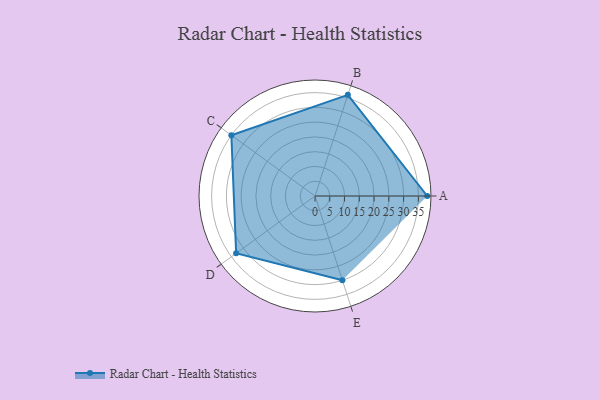
{"axis": {"x": "Skill", "y": "Score"}, "legend": ["Profile"], "data": [{"x": "A", "y": 38.0, "type": "Profile"}, {"x": "B", "y": 36.0, "type": "Profile"}, {"x": "C", "y": 35.0, "type": "Profile"}, {"x": "D", "y": 33.0, "type": "Profile"}, {"x": "E", "y": 30.0, "type": "Profile"}]}